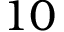
1 0